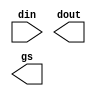
/**@file
 * Generated by 'gen_priority_encoder.py'
 * IMPORTANT: Do NOT modify this file manually! 
 */
 
/*
Copyright 2021 GaoZiBo <diyer175@hotmail.com>
Powered by YSYX https://oscpu.github.io/ysyx

Licensed under The MIT License (MIT).
-------------------------------------
Permission is hereby granted, free of charge, to any person obtaining a copy of
this software and associated documentation files (the "Software"), to deal in
the Software without restriction, including without limitation the rights to
use, copy, modify, merge, publish, distribute, sublicense, and/or sell copies of
the Software, and to permit persons to whom the Software is furnished to do so,
subject to the following conditions:

The above copyright notice and this permission notice shall be included in all
copies or substantial portions of the Software.

THE SOFTWARE IS PROVIDED "AS IS", WITHOUT WARRANTY OF ANY KIND, EXPRESS OR
IMPLIED,INCLUDING BUT NOT LIMITED TO THE WARRANTIES OF MERCHANTABILITY, FITNESS
FOR A PARTICULAR PURPOSE AND NONINFRINGEMENT. IN NO EVENT SHALL THE AUTHORS OR
COPYRIGHT HOLDERS BE LIABLE FOR ANY CLAIM, DAMAGES OR OTHER LIABILITY, WHETHER
IN AN ACTION OF CONTRACT, TORT OR OTHERWISE, ARISING FROM, OUT OF OR IN
CONNECTION WITH THE SOFTWARE OR THE USE OR OTHER DEALINGS IN THE SOFTWARE.
 */

module priority_encoder_rev_gs
#(
   parameter P_DW = 0
)
(
   input [(1<<P_DW)-1:0] din,
   output reg [P_DW-1:0] dout
   , output reg gs
);

   generate
      if (P_DW==1)
            begin : gen_enc_1
                always @(*)
                    begin
gs = 1'b1;

                        casez(din)
                       2'b?1: dout = 1'd1;
                       2'b10: dout = 1'd0;
                       default: begin gs = 1'b0; dout = 1'd0; end
                    endcase
                end
        end
      else if (P_DW==2)
            begin : gen_enc_2
                always @(*)
                    begin
gs = 1'b1;

                        casez(din)
                       4'b???1: dout = 2'd3;
                       4'b??10: dout = 2'd2;
                       4'b?100: dout = 2'd1;
                       4'b1000: dout = 2'd0;
                       default: begin gs = 1'b0; dout = 2'd0; end
                    endcase
                end
        end
      else if (P_DW==3)
            begin : gen_enc_3
                always @(*)
                    begin
gs = 1'b1;

                        casez(din)
                       8'b???????1: dout = 3'd7;
                       8'b??????10: dout = 3'd6;
                       8'b?????100: dout = 3'd5;
                       8'b????1000: dout = 3'd4;
                       8'b???10000: dout = 3'd3;
                       8'b??100000: dout = 3'd2;
                       8'b?1000000: dout = 3'd1;
                       8'b10000000: dout = 3'd0;
                       default: begin gs = 1'b0; dout = 3'd0; end
                    endcase
                end
        end
      else if (P_DW==4)
            begin : gen_enc_4
                always @(*)
                    begin
gs = 1'b1;

                        casez(din)
                       16'b???????????????1: dout = 4'd15;
                       16'b??????????????10: dout = 4'd14;
                       16'b?????????????100: dout = 4'd13;
                       16'b????????????1000: dout = 4'd12;
                       16'b???????????10000: dout = 4'd11;
                       16'b??????????100000: dout = 4'd10;
                       16'b?????????1000000: dout = 4'd9;
                       16'b????????10000000: dout = 4'd8;
                       16'b???????100000000: dout = 4'd7;
                       16'b??????1000000000: dout = 4'd6;
                       16'b?????10000000000: dout = 4'd5;
                       16'b????100000000000: dout = 4'd4;
                       16'b???1000000000000: dout = 4'd3;
                       16'b??10000000000000: dout = 4'd2;
                       16'b?100000000000000: dout = 4'd1;
                       16'b1000000000000000: dout = 4'd0;
                       default: begin gs = 1'b0; dout = 4'd0; end
                    endcase
                end
        end
      else if (P_DW==5)
            begin : gen_enc_5
                always @(*)
                    begin
gs = 1'b1;

                        casez(din)
                       32'b???????????????????????????????1: dout = 5'd31;
                       32'b??????????????????????????????10: dout = 5'd30;
                       32'b?????????????????????????????100: dout = 5'd29;
                       32'b????????????????????????????1000: dout = 5'd28;
                       32'b???????????????????????????10000: dout = 5'd27;
                       32'b??????????????????????????100000: dout = 5'd26;
                       32'b?????????????????????????1000000: dout = 5'd25;
                       32'b????????????????????????10000000: dout = 5'd24;
                       32'b???????????????????????100000000: dout = 5'd23;
                       32'b??????????????????????1000000000: dout = 5'd22;
                       32'b?????????????????????10000000000: dout = 5'd21;
                       32'b????????????????????100000000000: dout = 5'd20;
                       32'b???????????????????1000000000000: dout = 5'd19;
                       32'b??????????????????10000000000000: dout = 5'd18;
                       32'b?????????????????100000000000000: dout = 5'd17;
                       32'b????????????????1000000000000000: dout = 5'd16;
                       32'b???????????????10000000000000000: dout = 5'd15;
                       32'b??????????????100000000000000000: dout = 5'd14;
                       32'b?????????????1000000000000000000: dout = 5'd13;
                       32'b????????????10000000000000000000: dout = 5'd12;
                       32'b???????????100000000000000000000: dout = 5'd11;
                       32'b??????????1000000000000000000000: dout = 5'd10;
                       32'b?????????10000000000000000000000: dout = 5'd9;
                       32'b????????100000000000000000000000: dout = 5'd8;
                       32'b???????1000000000000000000000000: dout = 5'd7;
                       32'b??????10000000000000000000000000: dout = 5'd6;
                       32'b?????100000000000000000000000000: dout = 5'd5;
                       32'b????1000000000000000000000000000: dout = 5'd4;
                       32'b???10000000000000000000000000000: dout = 5'd3;
                       32'b??100000000000000000000000000000: dout = 5'd2;
                       32'b?1000000000000000000000000000000: dout = 5'd1;
                       32'b10000000000000000000000000000000: dout = 5'd0;
                       default: begin gs = 1'b0; dout = 5'd0; end
                    endcase
                end
        end
      else if (P_DW==6)
            begin : gen_enc_6
                always @(*)
                    begin
gs = 1'b1;

                        casez(din)
                       64'b???????????????????????????????????????????????????????????????1: dout = 6'd63;
                       64'b??????????????????????????????????????????????????????????????10: dout = 6'd62;
                       64'b?????????????????????????????????????????????????????????????100: dout = 6'd61;
                       64'b????????????????????????????????????????????????????????????1000: dout = 6'd60;
                       64'b???????????????????????????????????????????????????????????10000: dout = 6'd59;
                       64'b??????????????????????????????????????????????????????????100000: dout = 6'd58;
                       64'b?????????????????????????????????????????????????????????1000000: dout = 6'd57;
                       64'b????????????????????????????????????????????????????????10000000: dout = 6'd56;
                       64'b???????????????????????????????????????????????????????100000000: dout = 6'd55;
                       64'b??????????????????????????????????????????????????????1000000000: dout = 6'd54;
                       64'b?????????????????????????????????????????????????????10000000000: dout = 6'd53;
                       64'b????????????????????????????????????????????????????100000000000: dout = 6'd52;
                       64'b???????????????????????????????????????????????????1000000000000: dout = 6'd51;
                       64'b??????????????????????????????????????????????????10000000000000: dout = 6'd50;
                       64'b?????????????????????????????????????????????????100000000000000: dout = 6'd49;
                       64'b????????????????????????????????????????????????1000000000000000: dout = 6'd48;
                       64'b???????????????????????????????????????????????10000000000000000: dout = 6'd47;
                       64'b??????????????????????????????????????????????100000000000000000: dout = 6'd46;
                       64'b?????????????????????????????????????????????1000000000000000000: dout = 6'd45;
                       64'b????????????????????????????????????????????10000000000000000000: dout = 6'd44;
                       64'b???????????????????????????????????????????100000000000000000000: dout = 6'd43;
                       64'b??????????????????????????????????????????1000000000000000000000: dout = 6'd42;
                       64'b?????????????????????????????????????????10000000000000000000000: dout = 6'd41;
                       64'b????????????????????????????????????????100000000000000000000000: dout = 6'd40;
                       64'b???????????????????????????????????????1000000000000000000000000: dout = 6'd39;
                       64'b??????????????????????????????????????10000000000000000000000000: dout = 6'd38;
                       64'b?????????????????????????????????????100000000000000000000000000: dout = 6'd37;
                       64'b????????????????????????????????????1000000000000000000000000000: dout = 6'd36;
                       64'b???????????????????????????????????10000000000000000000000000000: dout = 6'd35;
                       64'b??????????????????????????????????100000000000000000000000000000: dout = 6'd34;
                       64'b?????????????????????????????????1000000000000000000000000000000: dout = 6'd33;
                       64'b????????????????????????????????10000000000000000000000000000000: dout = 6'd32;
                       64'b???????????????????????????????100000000000000000000000000000000: dout = 6'd31;
                       64'b??????????????????????????????1000000000000000000000000000000000: dout = 6'd30;
                       64'b?????????????????????????????10000000000000000000000000000000000: dout = 6'd29;
                       64'b????????????????????????????100000000000000000000000000000000000: dout = 6'd28;
                       64'b???????????????????????????1000000000000000000000000000000000000: dout = 6'd27;
                       64'b??????????????????????????10000000000000000000000000000000000000: dout = 6'd26;
                       64'b?????????????????????????100000000000000000000000000000000000000: dout = 6'd25;
                       64'b????????????????????????1000000000000000000000000000000000000000: dout = 6'd24;
                       64'b???????????????????????10000000000000000000000000000000000000000: dout = 6'd23;
                       64'b??????????????????????100000000000000000000000000000000000000000: dout = 6'd22;
                       64'b?????????????????????1000000000000000000000000000000000000000000: dout = 6'd21;
                       64'b????????????????????10000000000000000000000000000000000000000000: dout = 6'd20;
                       64'b???????????????????100000000000000000000000000000000000000000000: dout = 6'd19;
                       64'b??????????????????1000000000000000000000000000000000000000000000: dout = 6'd18;
                       64'b?????????????????10000000000000000000000000000000000000000000000: dout = 6'd17;
                       64'b????????????????100000000000000000000000000000000000000000000000: dout = 6'd16;
                       64'b???????????????1000000000000000000000000000000000000000000000000: dout = 6'd15;
                       64'b??????????????10000000000000000000000000000000000000000000000000: dout = 6'd14;
                       64'b?????????????100000000000000000000000000000000000000000000000000: dout = 6'd13;
                       64'b????????????1000000000000000000000000000000000000000000000000000: dout = 6'd12;
                       64'b???????????10000000000000000000000000000000000000000000000000000: dout = 6'd11;
                       64'b??????????100000000000000000000000000000000000000000000000000000: dout = 6'd10;
                       64'b?????????1000000000000000000000000000000000000000000000000000000: dout = 6'd9;
                       64'b????????10000000000000000000000000000000000000000000000000000000: dout = 6'd8;
                       64'b???????100000000000000000000000000000000000000000000000000000000: dout = 6'd7;
                       64'b??????1000000000000000000000000000000000000000000000000000000000: dout = 6'd6;
                       64'b?????10000000000000000000000000000000000000000000000000000000000: dout = 6'd5;
                       64'b????100000000000000000000000000000000000000000000000000000000000: dout = 6'd4;
                       64'b???1000000000000000000000000000000000000000000000000000000000000: dout = 6'd3;
                       64'b??10000000000000000000000000000000000000000000000000000000000000: dout = 6'd2;
                       64'b?100000000000000000000000000000000000000000000000000000000000000: dout = 6'd1;
                       64'b1000000000000000000000000000000000000000000000000000000000000000: dout = 6'd0;
                       default: begin gs = 1'b0; dout = 6'd0; end
                    endcase
                end
        end

`ifndef SYNTHESIS
        else
         begin : gen_enc_fail
            initial
                $fatal("\n Unimplemented size of binary encoder. Please update parameters of generator. \n");
         end
`endif

    endgenerate

endmodule